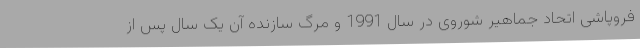
فروپاشی اتحاد جماهیر شوروی در سال 1991 و مرگ سازنده آن یک سال پس از